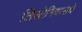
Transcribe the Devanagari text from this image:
लिओनिदासचे